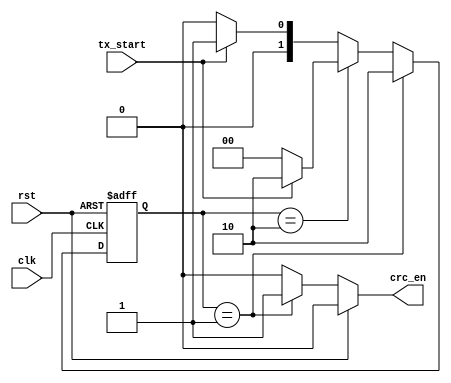
`timescale 1ns / 1ps

module oneshot(
    input clk,
    input rst,
    
    input tx_start,
    
    output reg crc_en
    );
    
    initial crc_en = 0;
    parameter waiting_l = 2'b00, on = 2'b01, waiting_h = 2'b10;
    reg[1:0] next_state, current_state;
    
    always @ (posedge clk or posedge rst) begin
        if(rst) begin
            current_state <= waiting_l;
        end
        else begin
            current_state <= next_state;
        end
    end

    always @ (current_state or tx_start) begin
        if(current_state == on) begin
            next_state <= waiting_h;
        end
        else if(current_state == waiting_h) begin
            if(tx_start) begin
                next_state <= waiting_h;
            end
            else begin
                next_state <= waiting_l;
            end
        end
        else if(tx_start) begin
            next_state<= on;
        end
        else begin
            next_state<= waiting_l;
        end
    end

    always @(current_state or rst) begin
        if(rst)
            crc_en <= 1'b0;
        else if(current_state == on)
            crc_en <= 1'b1;
        else 
            crc_en <= 1'b0;
    end

endmodule